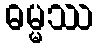
ဓမ္မဿ